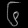
Digit: ၆